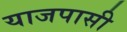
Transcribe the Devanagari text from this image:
याजपासी